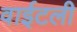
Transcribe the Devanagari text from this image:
वाईटली